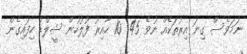
ނަމަވެސް ގިނަ އިރުތަކެއް ނުވެ 45: 10 ހާއިރު ފުލުހުން ޝީލްޑް ހިފައިގެން